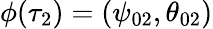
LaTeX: \phi(\tau_{2})=(\psi_{02},\theta_{02})